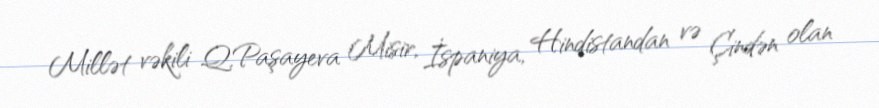
Millət vəkili Q.Paşayeva Misir, İspaniya, Hindistandan və Çindən olan